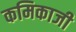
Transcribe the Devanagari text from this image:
कमिकाजी